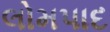
લોમપાદ